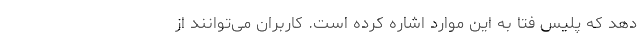
دهد که پلیس فتا به این موارد اشاره کرده است. کاربران می‌توانند از